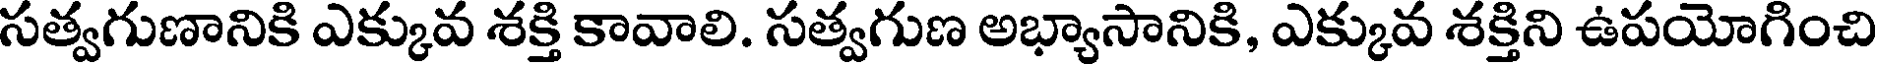
సత్వగుణానికి ఎక్కువ శక్తి కావాలి. సత్వగుణ అభ్యాసానికి, ఎక్కువ శక్తిని ఉపయోగించి